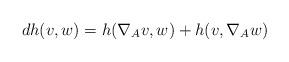
LaTeX: \begin{align*}dh(v,w)=h(\nabla_A v,w)+h(v,\nabla_A w)\end{align*}